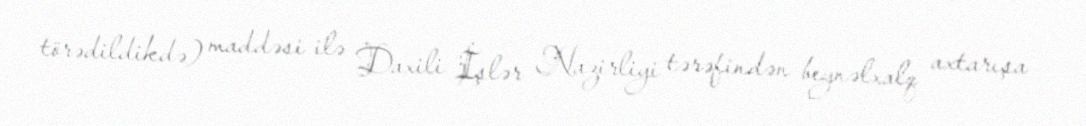
törədildikdə) maddəsi ilə Daxili İşlər Nazirliyi tərəfindən beynəlxalq axtarışa